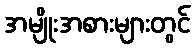
အမျိုးအစားများတွင်